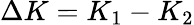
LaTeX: \Delta K=K_{1}-K_{2}